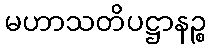
မဟာသတိပဋ္ဌာနဉ္စ